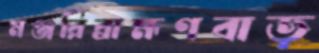
মঞ্জরিব্রাহ্মণবাড়